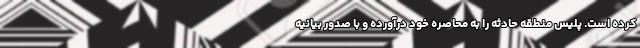
کرده است. پلیس منطقه حادثه را به محاصره خود درآورده و با صدور بیانیه